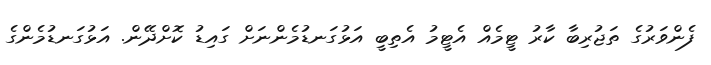
ފެންވަރުގެ ތަޖުރިބާ ކާރު ޓީމެއް އެޓީމު އެތިބީ އަޅުގަނޑުމެންނަށް ގައިޑު ކޮށްދޭން. އަޅުގަނޑުމެންގެ